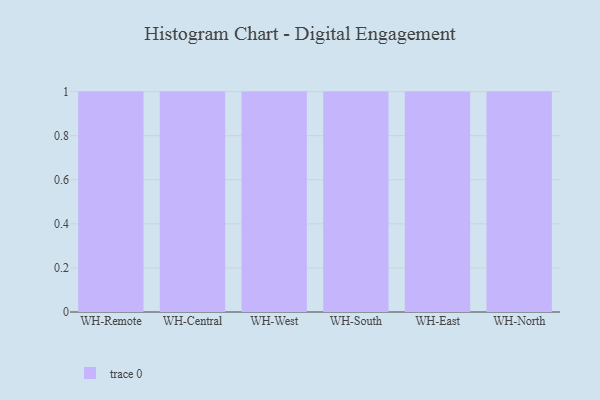
{"axis": {"x": "Warehouse", "y": "Population (Million)"}, "legend": [""], "data": [{"x": "WH-Remote", "y": 12, "type": ""}, {"x": "WH-Central", "y": 37, "type": ""}, {"x": "WH-West", "y": 72, "type": ""}, {"x": "WH-South", "y": 12, "type": ""}, {"x": "WH-East", "y": 75, "type": ""}, {"x": "WH-North", "y": 73, "type": ""}]}